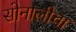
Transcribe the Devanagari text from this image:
सोनालीचा